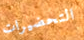
التحضيرات